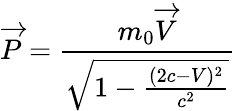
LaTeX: \overrightarrow{P}=\frac{m_{0}{\overrightarrow{V}}}{\sqrt{1-\frac{(2c-V)^{2}}{c^{2}}}}